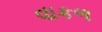
વાકળ